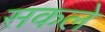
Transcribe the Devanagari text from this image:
सकले